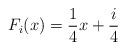
LaTeX: \begin{align*}F_i(x) = \frac{1}{4}x + \frac{i}{4}\end{align*}